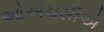
ઓએચસીએ